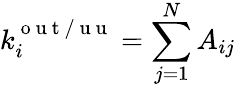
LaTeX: k_{i}^{\mathrm{~o~u~t~/~u~u~}}=\sum_{j=1}^{N}A_{ij}